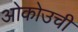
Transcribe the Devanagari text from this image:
ओकोउची